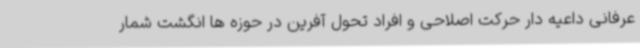
عرفانی داعیه دار حرکت اصلاحی و افراد تحول آفرین در حوزه ها انگشت شمار